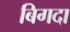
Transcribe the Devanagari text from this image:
बिगदा